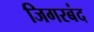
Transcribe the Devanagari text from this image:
जिगरबंद